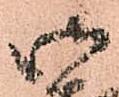
御